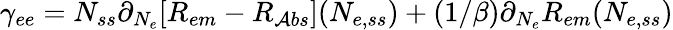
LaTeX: \gamma_{ee}=N_{ss}\partial_{N_{e}}[R_{em}-R_{\mathcal{A}bs}](N_{e,ss})+(1/\beta)\partial_{N_{e}}R_{em}(N_{e,ss})